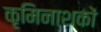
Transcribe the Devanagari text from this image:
कृमिनाशकों